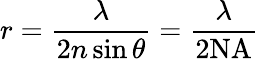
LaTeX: r={\frac{\lambda}{2n\sin{\theta}}}={\frac{\lambda}{2\mathrm{NA}}}